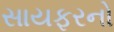
સાયફરનો